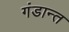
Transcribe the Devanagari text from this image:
गंडान्त